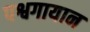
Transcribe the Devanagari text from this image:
पश्वगायान